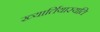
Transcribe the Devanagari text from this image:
ख्यार्तियास्यति